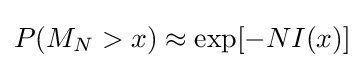
P(M_{N}>x)\approx \exp[-NI(x)]